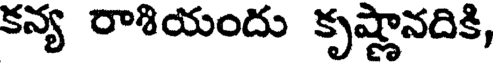
కన్య రాశియందు కృష్ణానదికి,